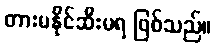
တားမနိုင်ဆီးမရ ဖြစ်သည်။